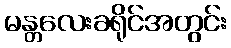
မန္တလေးခရိုင်အတွင်း